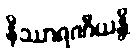
နိဿာရဏီယန္တိ